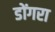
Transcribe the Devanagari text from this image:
डोंगरा